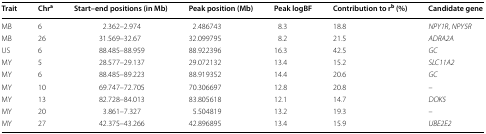
<table><thead><tr><td><b>Trait</b></td><td><b>Chr<sup>a</sup></b></td><td><b>Start–end positions (in Mb)</b></td><td><b>Peak position (Mb)</b></td><td><b>Peak logBF</b></td><td><b>Contribution to r<sup>b</sup> (%)</b></td><td><b>Candidate gene</b></td></tr></thead><tbody><tr><td>MB</td><td>6</td><td>2.362–2.974</td><td>2.486743</td><td>8.3</td><td>18.8</td><td><i>NPY1R</i>, <i>NPY5R</i></td></tr><tr><td>MB</td><td>26</td><td>31.569–32.67</td><td>32.099795</td><td>8.2</td><td>21.5</td><td><i>ADRA2A</i></td></tr><tr><td>US</td><td>6</td><td>88.485–88.959</td><td>88.922396</td><td>16.3</td><td>42.5</td><td><i>GC</i></td></tr><tr><td>MY</td><td>5</td><td>28.577–29.137</td><td>29.072132</td><td>13.4</td><td>15.2</td><td><i>SLC11A2</i></td></tr><tr><td>MY</td><td>6</td><td>88.485–89.223</td><td>88.919352</td><td>14.4</td><td>20.6</td><td><i>GC</i></td></tr><tr><td>MY</td><td>10</td><td>69.747–72.705</td><td>70.306697</td><td>12.8</td><td>20.8</td><td>–</td></tr><tr><td>MY</td><td>13</td><td>82.728–84.013</td><td>83.805618</td><td>12.1</td><td>14.7</td><td><i>DOK5</i></td></tr><tr><td>MY</td><td>20</td><td>3.861–7.327</td><td>5.504819</td><td>13.2</td><td>19.3</td><td>–</td></tr><tr><td>MY</td><td>27</td><td>42.375–43.266</td><td>42.896895</td><td>13.4</td><td>15.9</td><td><i>UBE2E2</i></td></tr></tbody></table>